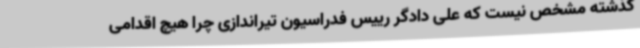
گذشته مشخص نیست که علی دادگر رییس فدراسیون تیراندازی چرا هیچ اقدامی